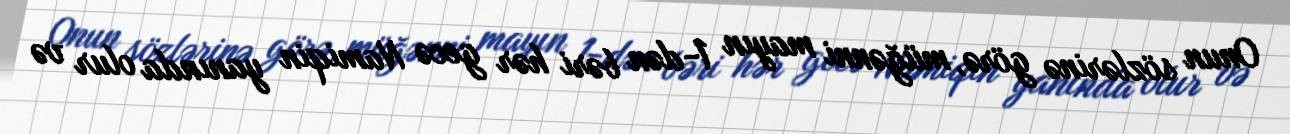
Onun sözlərinə görə, müğənni mayın 1-dən bəri hər gecə Namiqin yanında olur və